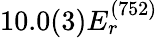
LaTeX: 10.0(3)E_{r}^{(752)}